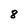
Character: 8